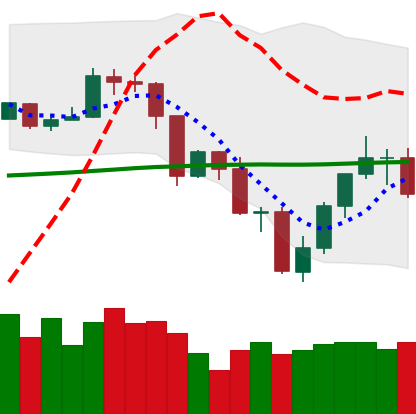
Ticker: TRX-USD
Chart end date: 2019-07-22
Forward return: -17.555%
Label: down_7plus